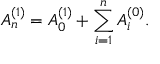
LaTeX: A _ { n } ^ { ( 1 ) } = A _ { 0 } ^ { ( 1 ) } + \sum _ { i = 1 } ^ { n } A _ { i } ^ { ( 0 ) } .